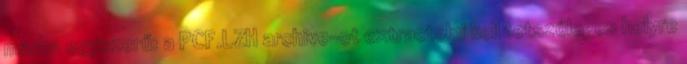
marha egyszerű: a PCF.LZH archive-ot extractolni kell tetszőleges helyre